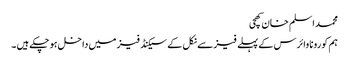
محمد اسلم خان کھچی
ہم کورونا وائرس کے پہلے فیز سے نکل کے سیکنڈ فیز میں داخل ہو چکے ہیں ۔